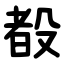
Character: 殾